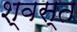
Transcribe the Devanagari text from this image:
श्वस्त